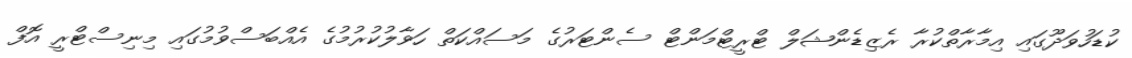
ކުޑަހުވަދޫގައި އިމާރާތްކުރާ ރެޒިޑެންޝަލް ޓްރީޓްމަންޓް ސެންޓަރުގެ މަސައްކަތް ހަވާލުކުރުމުގެ އެއްބަސްވުމުގައި މިނިސްޓްރީ އޮފް